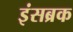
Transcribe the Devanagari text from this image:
इंसब्रक